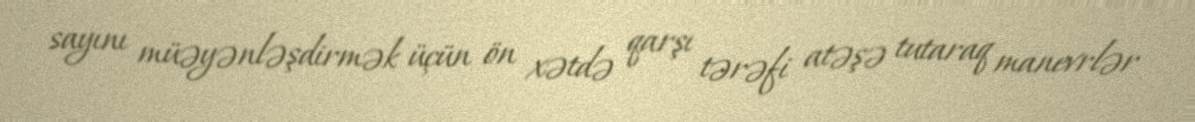
sayını müəyənləşdirmək üçün ön xətdə qarşı tərəfi atəşə tutaraq manevrlər